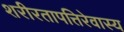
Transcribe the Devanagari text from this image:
शरीरतापत्तिरेवास्य